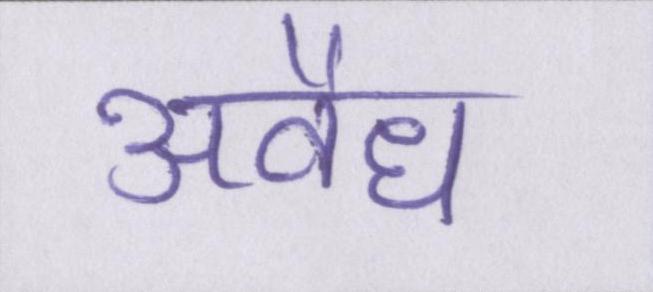
अवैध